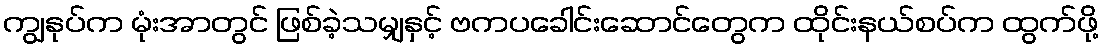
ကျွနုပ်က မုံးအာတွင် ဖြစ်ခဲ့သမျှနှင့် ဗကပခေါင်းဆောင်တွေက ထိုင်းနယ်စပ်က ထွက်ဖို့